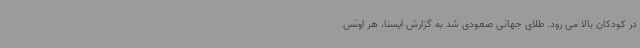
در کودکان بالا می رود. طلای جهانی صعودی شد به گزارش ایسنا، هر اونس